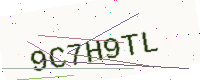
Text: 9C7H9TL